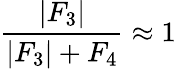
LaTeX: \frac{\left|F_{3}\right|}{\left|F_{3}\right|+F_{4}}\approx 1